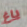
باغ